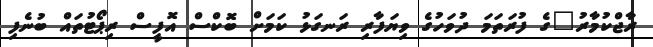
ރާޖްކުމާރު"ގެ ފުރަތަމަ ދުވަހުގެ ވިޔަފާރި ރަނގަޅު ކަމަށް ބޮކްސް އޮފީސް ރިޕޯޓުތައް ބުނެފި